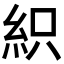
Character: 𥿗